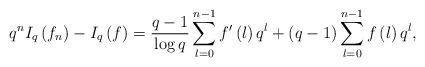
\begin{align*}q^{n}I_{q}\left(f_{n}\right)-I_{q}\left(f\right)=\frac{q-1}{\log q}\sum_{l=0}^{n-1}f^{\prime}\left(l\right)q^{l}+\left(q-1\right)\sum_{l=0}^{n-1}f\left(l\right)q^{l},\end{align*}